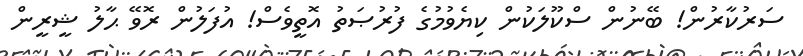
ސަރުކާރުން! ބޭނުން ސްކޫލަކުން ކިޔެވުމުގެ ފުރުޞަތު އޮތީވެސް! އުފަލުން ރޮވޭ ޙާލު ޝީރީން